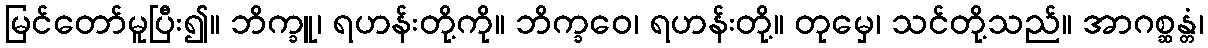
မြင်တော်မူပြီး၍။ ဘိက္ခူ၊ ရဟန်းတို့ကို။ ဘိက္ခဝေ၊ ရဟန်းတို့။ တုမှေ၊ သင်တို့သည်။ အာဂစ္ဆန္တံ၊